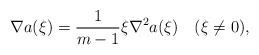
\begin{align*}\nabla a(\xi)=\frac1{m-1}\xi\nabla^2 a(\xi) \quad(\xi\neq0),\end{align*}